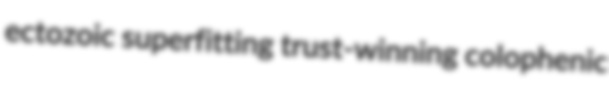
ectozoic superfitting trust-winning colophenic